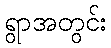
ရွာအတွင်း